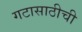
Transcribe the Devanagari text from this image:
गटासाठीची